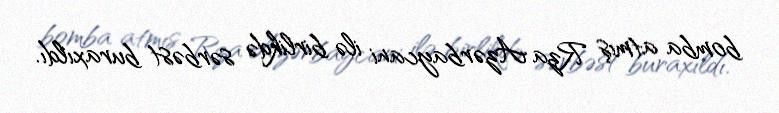
bomba atmış Rza Azərbaycani ilə birlikdə sərbəst buraxıldı.